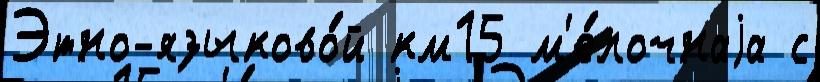
Этно-языково́й км15 м'е́лочнаjа с